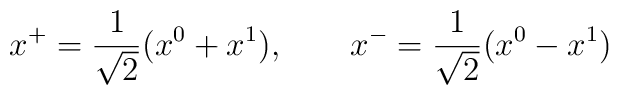
x^{+}=\frac{1}{\sqrt{2}}(x^{0}+x^{1}),\qquad x^{-}=\frac{1}{\sqrt{2}}(x^{0}-x^{1})